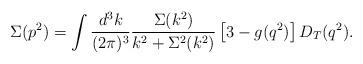
LaTeX: \begin{align*}\Sigma(p^{2})=\int\frac{d^{3}k}{(2\pi)^{3}}\frac{\Sigma(k^{2})}{k^{2}+\Sigma^{2}(k^{2})}\left[3-g(q^{2})\right]D_{T}(q^{2}).\end{align*}